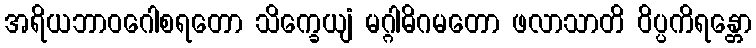
အရိယဘာဝဂေါစရတော သိက္ခေယျံ မဂ္ဂါဓိဂမတော ဖလာသာတိ ဝိပ္ပကိရန္တော